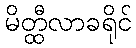
မိတ္ထီလာခရိုင်